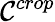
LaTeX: {\mathcal{C}}^{crop}